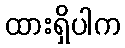
ထားရှိပါက